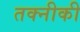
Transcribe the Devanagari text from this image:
तक्नीकी